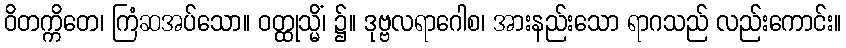
ဝိတက္ကိတေ၊ ကြံဆအပ်သော။ ဝတ္ထုသ္မိံ၊ ၌။ ဒုဗ္ဗလရာဂေါစ၊ အားနည်းသော ရာဂသည် လည်းကောင်း။